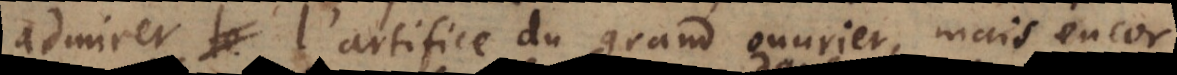
admirer l’artifice du grand ouvrier, mais encor